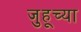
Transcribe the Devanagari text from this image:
जुहूच्या